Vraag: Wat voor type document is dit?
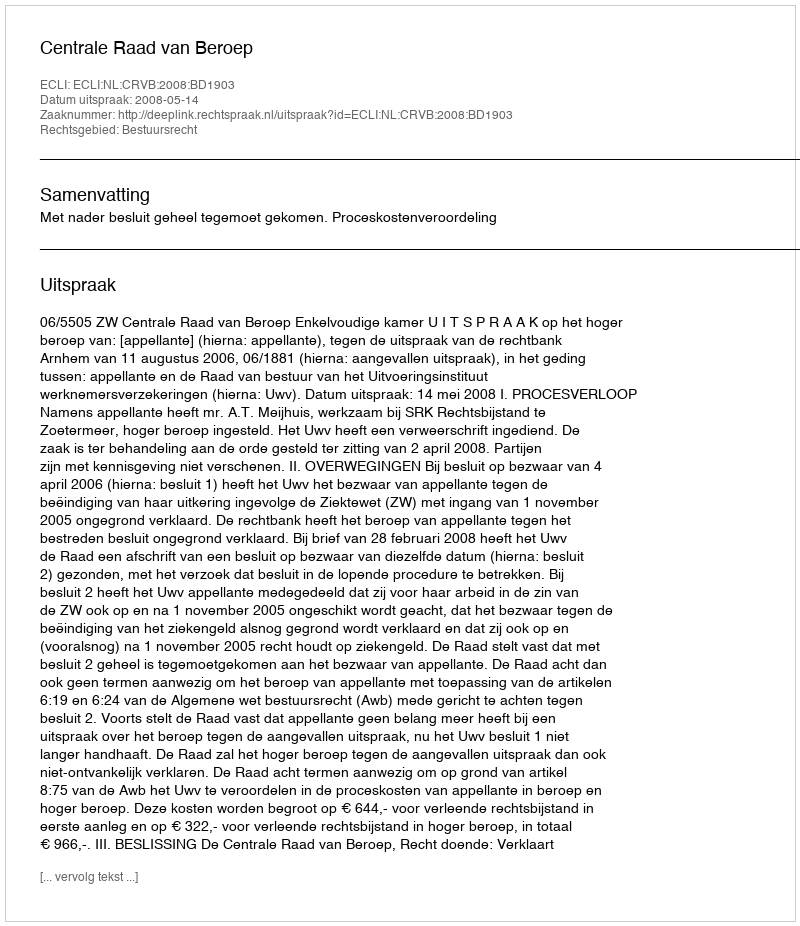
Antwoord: Uitspraak